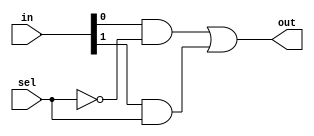
module Mux21 (out, in, sel);

   input [1:0] in;
   input       sel;
   output      out;

   wire        w1, w2, w3;
   
   not n1(w1, sel);
   and a1(w2, in[0], w1);
   and a2(w3, in[1], sel);
   or o1(out, w2, w3);

endmodule